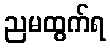
ညမထွက်ရ